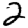
Digit: 2